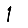
Digit: 1